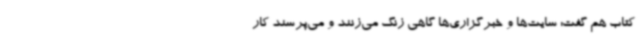
کتاب هم گفت: سایت‌ها و خبرگزاری‌ها گاهی زنگ می‌زنند و می‌پرسند کار